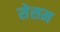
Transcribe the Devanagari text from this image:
सेसम